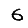
Digit: 6